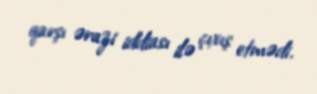
qarşı ərazi iddiası ilə çıxış etmədi.